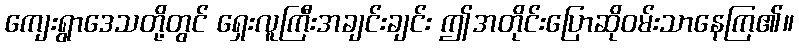
ကျေးရွာဒေသတို့တွင် ရှေးလူကြီးအချင်းချင်း ဤအတိုင်းပြောဆိုဝမ်းသာနေကြ၏။